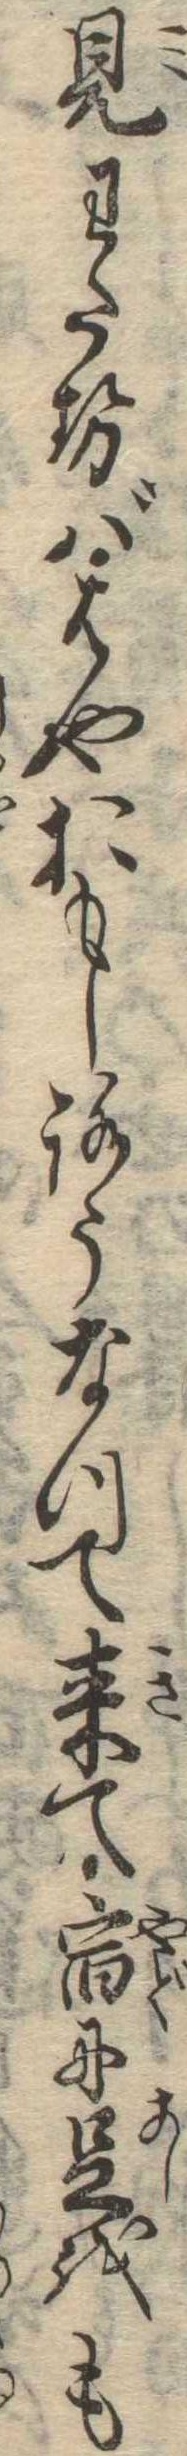
見わたせばはやおもしろうなつて来て宿に足をも